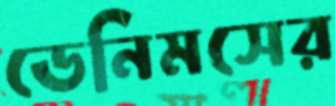
ডেনিমসের